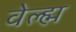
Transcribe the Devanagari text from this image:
वेल्ह्म